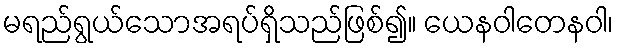
မရည်ရွယ်သောအရပ်ရှိသည်ဖြစ်၍။ ယေနဝါတေနဝါ၊